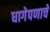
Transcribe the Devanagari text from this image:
धागेपणाचे